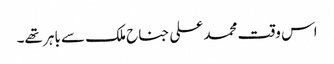
اس وقت محمد علی جناح ملک سے باہر تھے۔